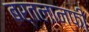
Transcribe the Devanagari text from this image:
बर्तलान्फी